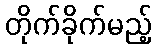
တိုက်ခိုက်မည့်